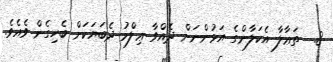
8.  ތަޢާލާ އެކަލާންގެ އަޅުންނަށް ދެއްވާ ޢިލްމު ދެބަޔަކަށް ބެހިގެން ވެއެވެ.